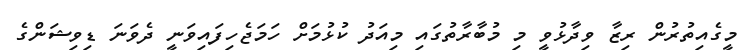
މީގެއިތުރުން ރިޒާ ވިދާޅުވީ މި މުބާރާތުގައި މިއަދު ކުޅުމަށް ހަމަޖެހިފައިވަނީ ދެވަނަ ޑިވިޝަންގެ